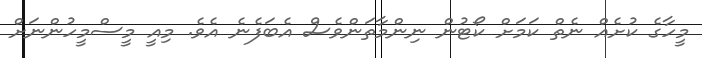
މީހާގެ ކުށެއް ނެތް ކަމަށް ކޯޓުން ނިންމާތަންވެސް އެބަފެނެ އެވެ. މިއީ މީސްމީހުންނަށް